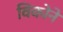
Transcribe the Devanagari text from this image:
विकोने